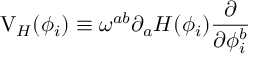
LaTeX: \mathrm { V } _ { H } ( \phi _ { i } ) \equiv \omega ^ { a b } \partial _ { a } H ( \phi _ { i } ) \frac { \partial } { \partial \phi _ { i } ^ { b } }